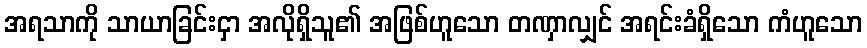
အရသာကို သာယာခြင်းငှာ အလိုရှိသူ၏ အဖြစ်ဟူသော တဏှာလျှင် အရင်းခံရှိသော ကံဟူသော